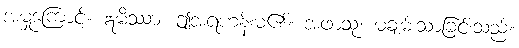
အမှုကြောင့်။ ဣမိဿာ၊ ဤအရဟန်းမ၏။ အဖာသု၊ မချမ်းသာခြင်းသည်။